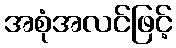
အစုံအလင်ဖြင့်